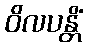
ဝိလပန္တိံ